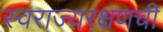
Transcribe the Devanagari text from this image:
स्वराज्यरक्षणची